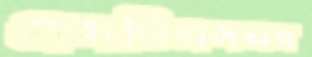
এসডিএসএর